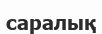
саралық